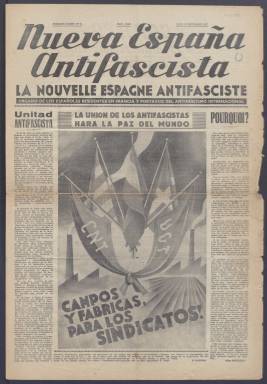
Título: Nueva España antifascista
Otros títulos: Nouvelle Espagne antifasciste
Colección: Periódicos || Guerra civil
Ámbito geográfico: Francia
Lugar de publicación: París
Fechas: 30/09/1937-10/11/1938